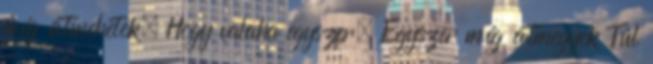
még átmehetek, Hogy valaha egyszer, Egyszer még átmegyek Túl